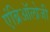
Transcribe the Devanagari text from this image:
एंब्रिऑलोजी